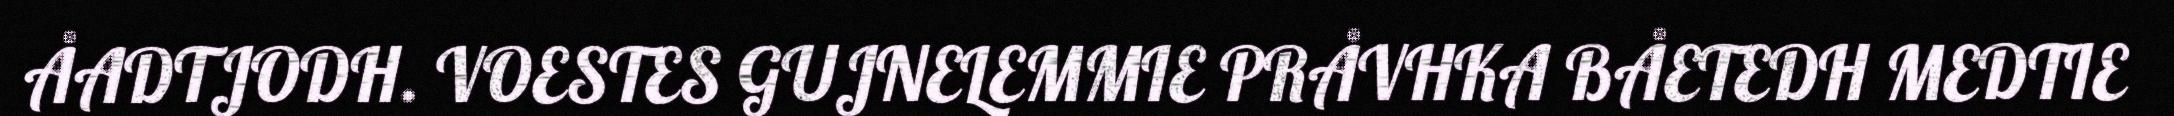
ÅADTJODH. VOESTES GUJNELEMMIE PRÅVHKA BÅETEDH MEDTIE